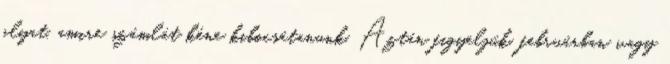
olyat, amire számlát kéne kibocsátanunk. Aztán figyeljük, februárban vagy